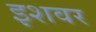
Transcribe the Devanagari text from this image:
इशवर